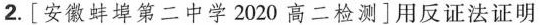
2.[安徽蚌埠第二中学2020高二检测]用反证法证明